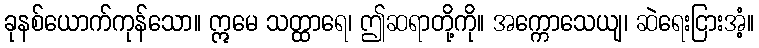
ခုနစ်ယောက်ကုန်သော။ ဣမေ သတ္ထာရေ၊ ဤဆရာတို့ကို။ အက္ကောသေယျ၊ ဆဲရေးငြားအံ့။